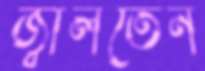
জ্বালতেন